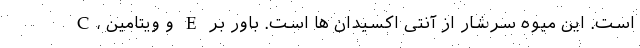
C، و ویتامین E است. این میوه سرشار از آنتی اکسیدان ها است. باور بر